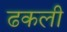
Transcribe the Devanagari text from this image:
ढकली